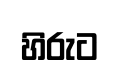
හිරුට